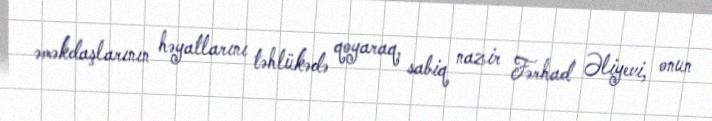
əməkdaşlarının həyatlarını təhlükədə qoyaraq, sabiq nazir Fərhad Əliyevi, onun